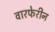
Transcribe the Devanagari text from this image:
वारफेरीन